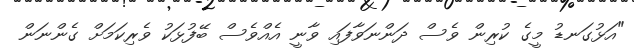
"އަޅުގަނޑު މީގެ ކުރިން ވެސް ދަންނަވާފައި ވާނީ އެއްވެސް ބޭފުޅަކު ވެރިކަމަށް ގެންނަން